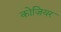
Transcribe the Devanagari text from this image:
कोज़ियर